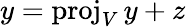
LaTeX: y=\operatorname{proj}_{V}y+z